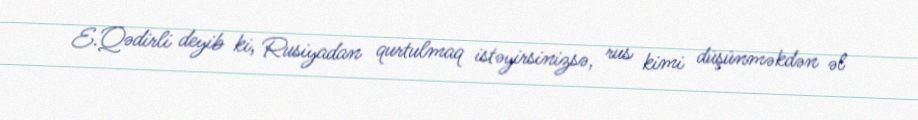
E.Qədirli deyib ki, Rusiyadan qurtulmaq istəyirsinizsə, rus kimi düşünməkdən əl